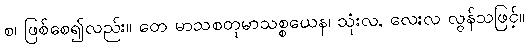
စ၊ ဖြစ်စေ၍လည်း။ တေ မာသစတုမာသစ္စယေန၊ သုံးလ, လေးလ လွန်သဖြင့်။